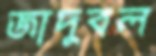
জাদুবল